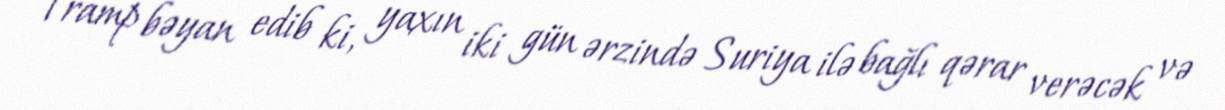
Tramp bəyan edib ki, yaxın iki gün ərzində Suriya ilə bağlı qərar verəcək və